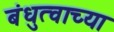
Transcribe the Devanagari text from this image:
बंधुत्वाच्या